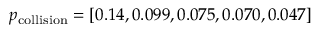
p _ { \mathrm { c o l l i s i o n } } = [ 0 . 1 4 , 0 . 0 9 9 , 0 . 0 7 5 , 0 . 0 7 0 , 0 . 0 4 7 ]